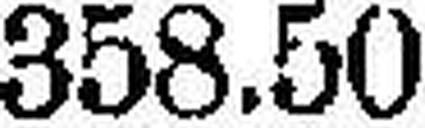
358.50